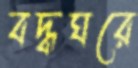
বদ্ধঘরে